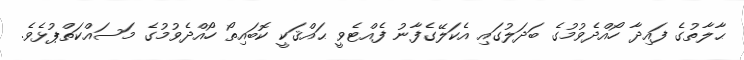
ޙާލާތުގެ ފައިދާ ހޯއްދެވުމުގެ ބަދަލުގައި އެކަލޭގެފާނު ފެއްޓެވީ ޙައްޤަކީ ކޮބައިތޯ ހޯއްދެވުމުގެ މަސައްކަތްޕުޅެވެ.